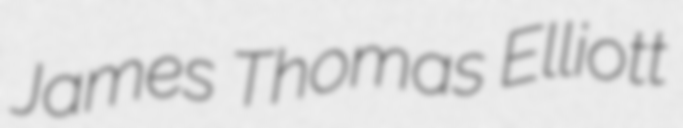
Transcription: James Thomas Elliott